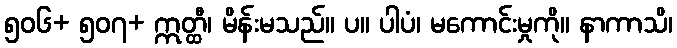
၅၀၆+ ၅၀၇+ ဣတ္ထီ၊ မိန်းမသည်။ ပ။ ပါပံ၊ မကောင်းမှုကို။ နာကာသိ၊